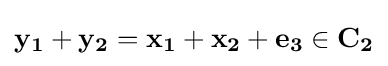
\mathbf {y_{1}} +\mathbf {y_{2}} =\mathbf {x_{1}} +\mathbf {x_{2}} +\mathbf {e_{3}} \in \mathbf {C_{2}}